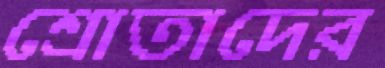
শ্রোতাদের